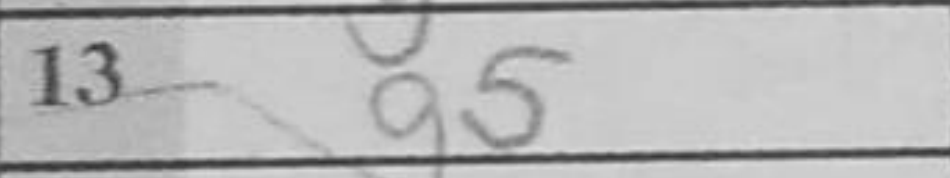
Transcription: g5